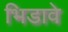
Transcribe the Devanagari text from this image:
भिडावे